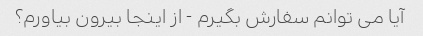
آیا می توانم سفارش بگیرم - از اینجا بیرون بیاورم؟